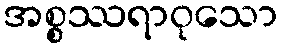
အစ္စဿရာဝုသော